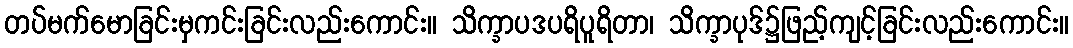
တပ်မက်မောခြင်းမှကင်းခြင်းလည်းကောင်း။ သိက္ခာပဒပရိပူရိတာ၊ သိက္ခာပုဒ်၌ဖြည့်ကျင့်ခြင်းလည်းကောင်း။